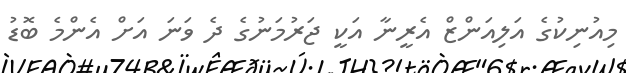
މިއުނިކުގެ އަލިއަންޒް އެރީނާ އަކީ ޖަރުމަނުގެ ދެ ވަނަ އަށް އެންމެ ބޮޑު